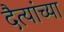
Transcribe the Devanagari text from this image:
दैत्यांच्या